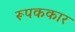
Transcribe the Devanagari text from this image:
रूपककार